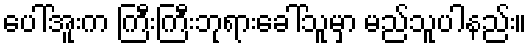
ပေါ်အူးက ကြီးကြီးဘုရားခေါ်သူမှာ မည်သူပါနည်း။